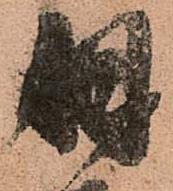
羽